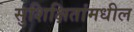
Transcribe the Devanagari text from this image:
सुशिक्षितांमधील